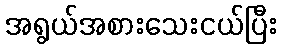
အရွယ်အစားသေးငယ်ပြီး